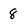
Character: 8